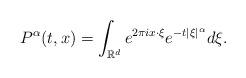
LaTeX: \begin{align*}P^{\alpha}(t,x) = \int_{{\mathbb R}^d} e^{2\pi ix\cdot\xi} e^{-t|\xi|^\alpha} d\xi.\end{align*}